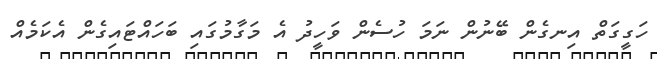
ހަގީގަތް އިނގެން ބޭނުން ނަމަ ހުސެން ވަހީދު އެ މަގާމުގައި ބަހައްޓައިގެން އެކަމެއް